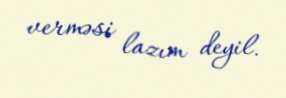
verməsi lazım deyil.